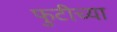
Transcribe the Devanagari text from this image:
फुटीच्या